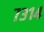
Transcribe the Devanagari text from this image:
७३१४